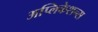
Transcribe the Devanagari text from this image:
अप्लिकेशन्स